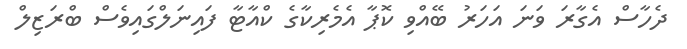
ދެހާސް އެގާރަ ވަނަ އަހަރު ބޭއްވި ކޮޕާ އެމެރިކާގެ ކްއާޓާ ފައިނަލްގައިވެސް ބްރަޒިލް